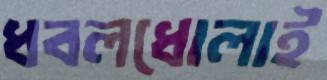
ধবলধোলাই